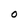
Character: O